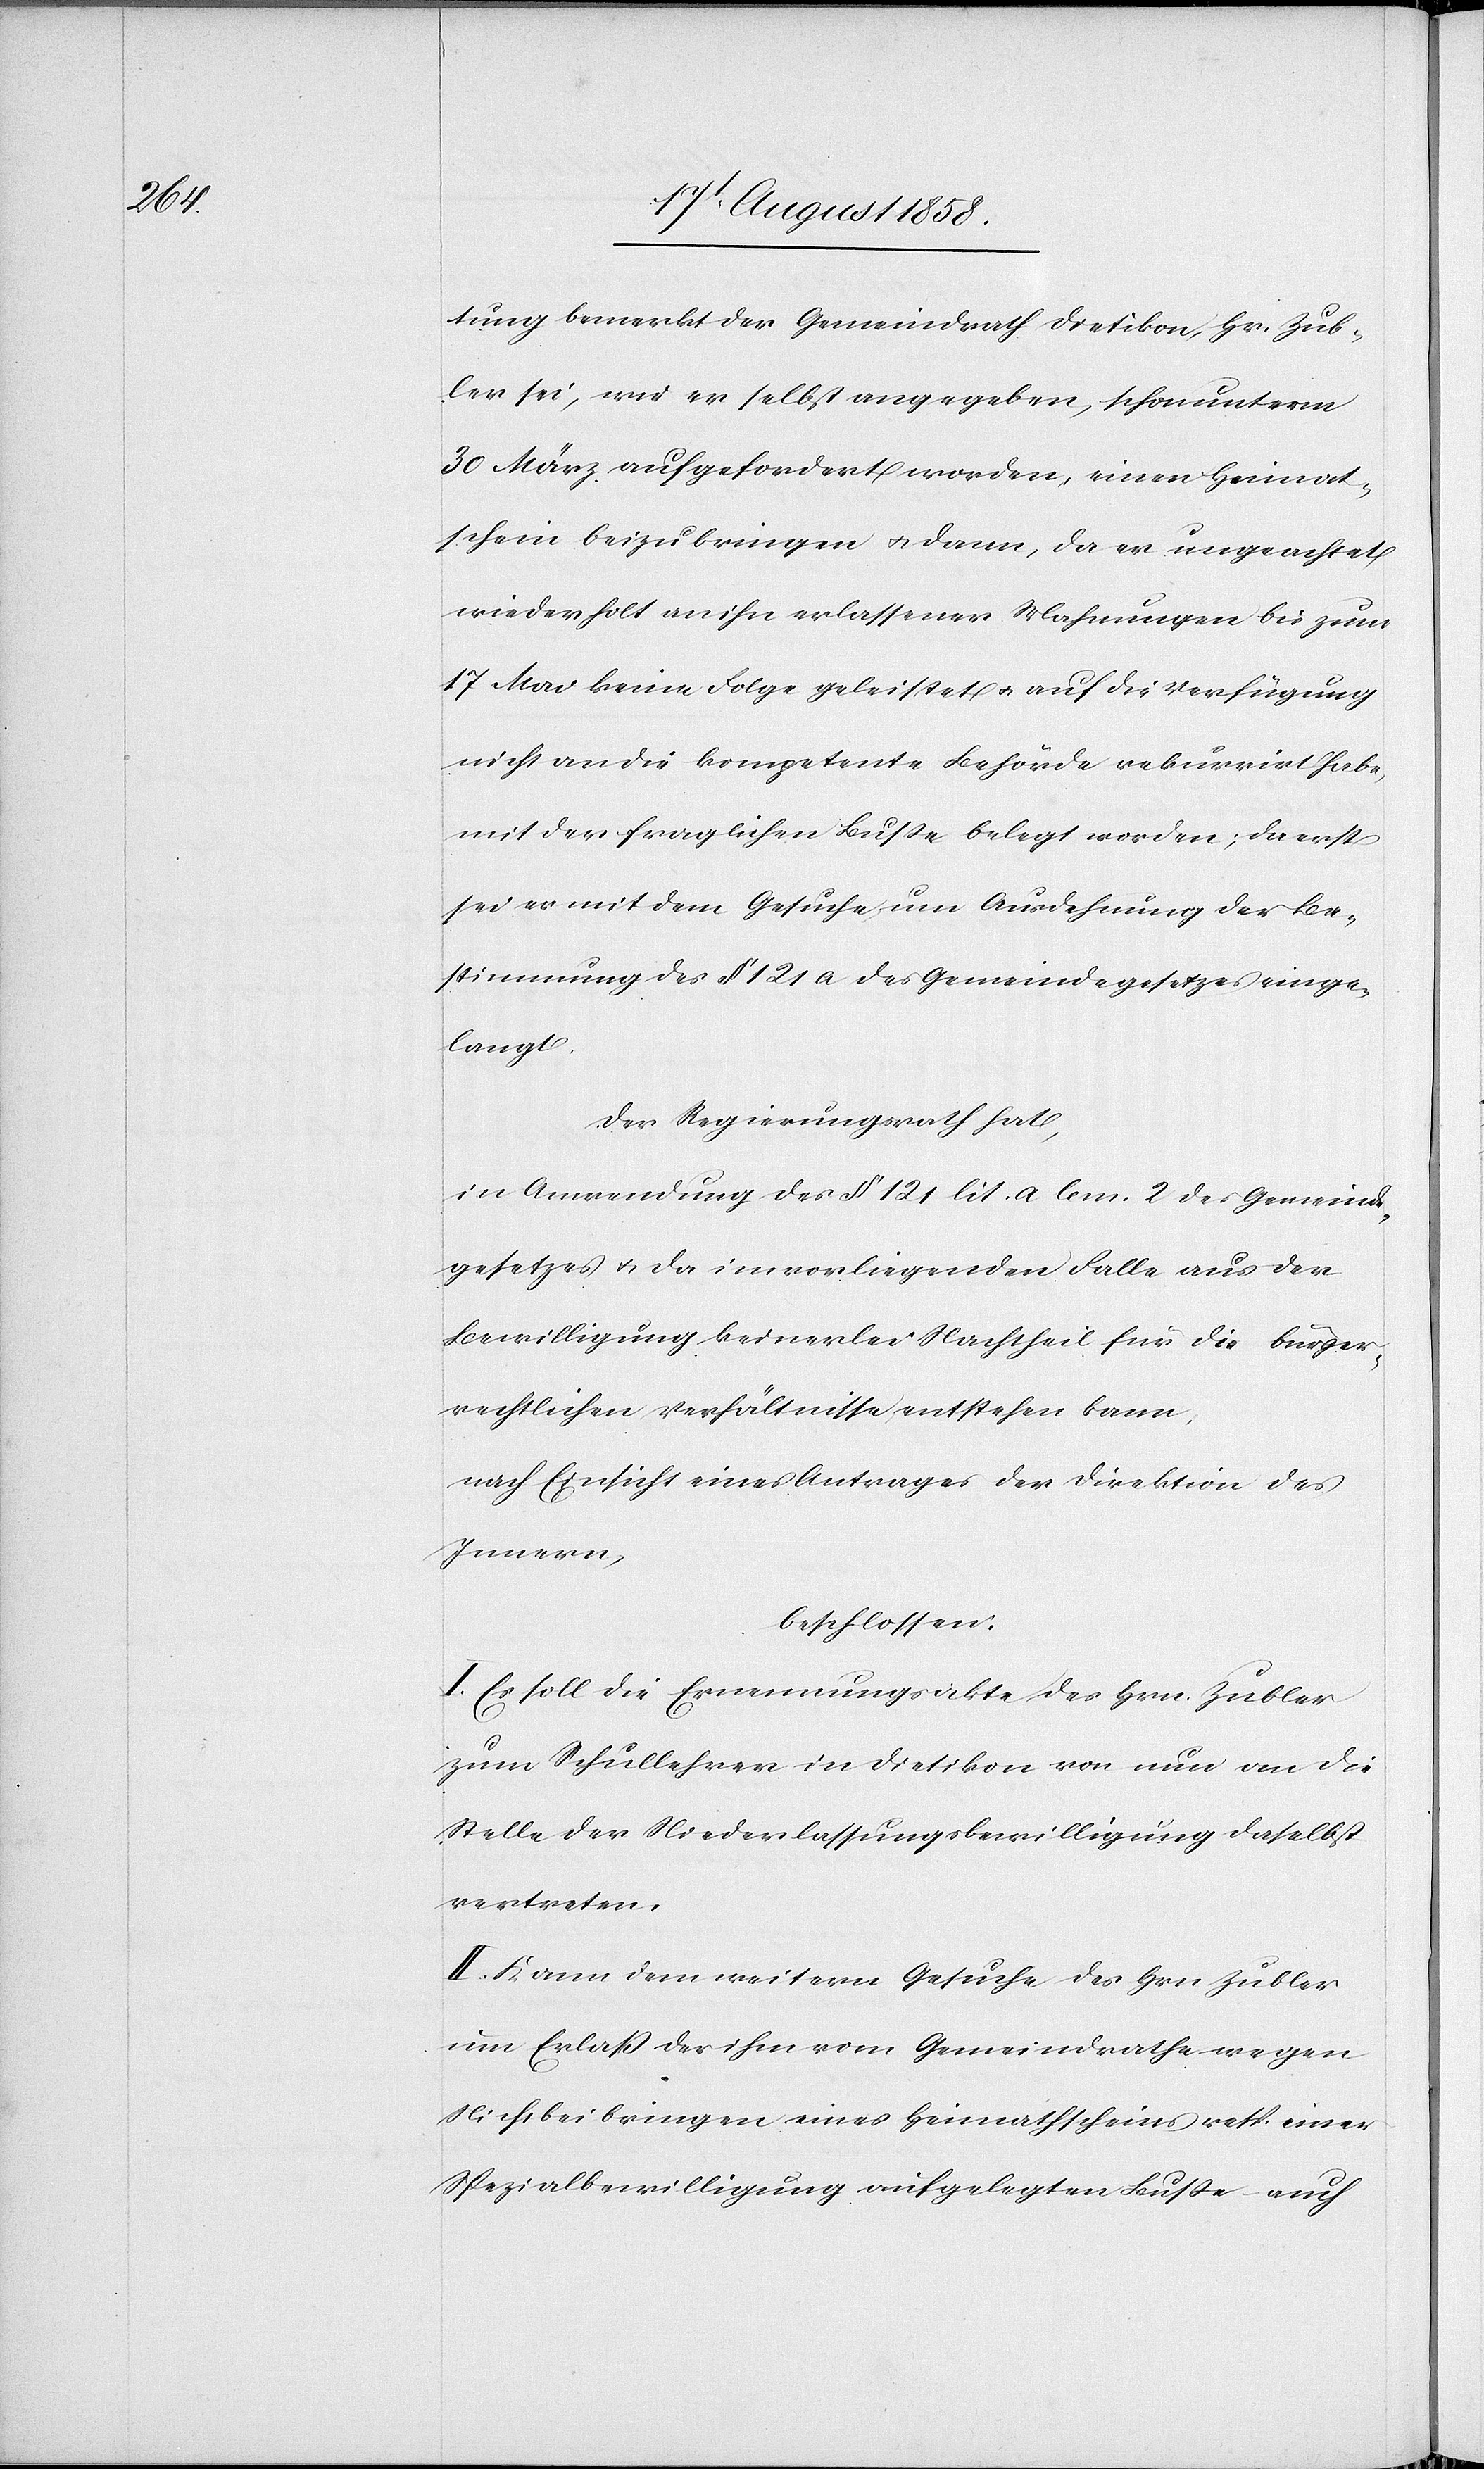
tung bemerkt der Gemeindrath Dietikon, Hr. Zub¬
ler sei, wie er selbst angegeben, schon unterm
30 März aufgefordert worden, einen Heimat¬
schein beizubringen & dann, da er ungeachtet
wiederholt an ihn erlassener Mahnungen bis zum
17 Mai keine Folge geleistet & auf die Verfügung
nicht an die kompetente Behörde rekurrirt habe,
mit der fraglichen Busse belegt worden; da erst
sei er mit dem Gesuche um Ausdehnung der Be¬
stimmung des § 121 a des Gemeindegesetzes einge¬
langt.
Der Regierungsrath hat,
in Anwendung des § 121 lit. a lem. 2 des Gemeinde¬
gesetzes & da im vorliegenden Falle aus der
Bewilligung keinerlei Nachtheil für die bürger¬
rechtlichen Verhältnisse entstehen kann,
nach Einsicht eines Antrages der Direktion des
Innern,
beschlossen:
I. Es soll die Ernennungsakte des Hrn. Zubler
zum Schullehrer in Dietikon von nun an die
Stelle der Niederlassungsbewilligung daselbst
vertreten.
II. Kann dem weitern Gesuche des Hrn. Zubler
um Erlaß der ihm vom Gemeindrathe wegen
Nichtbeibringen eines Heimathscheins resp. einer
Spezialbewilligung aufgelegten Busse – auch